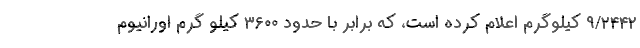
۹/۲۴۴۲ کیلوگرم اعلام کرده است، که برابر با حدود ۳۶۰۰ کیلو گرم اورانیوم